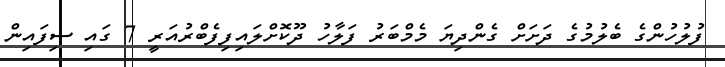
ފުލުހުންގެ ބެލުމުގެ ދަށަށް ގެންދިޔަ މެމްބަރު ފަލާހު ދޫކޮށްލައިފިފެބްރުއަރީ 7 ގައި ސިފައިން